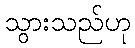
သွားသည်ဟု